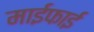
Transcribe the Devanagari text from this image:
माईफाई